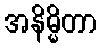
အနိမ္မိတာ